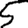
Digit: 5